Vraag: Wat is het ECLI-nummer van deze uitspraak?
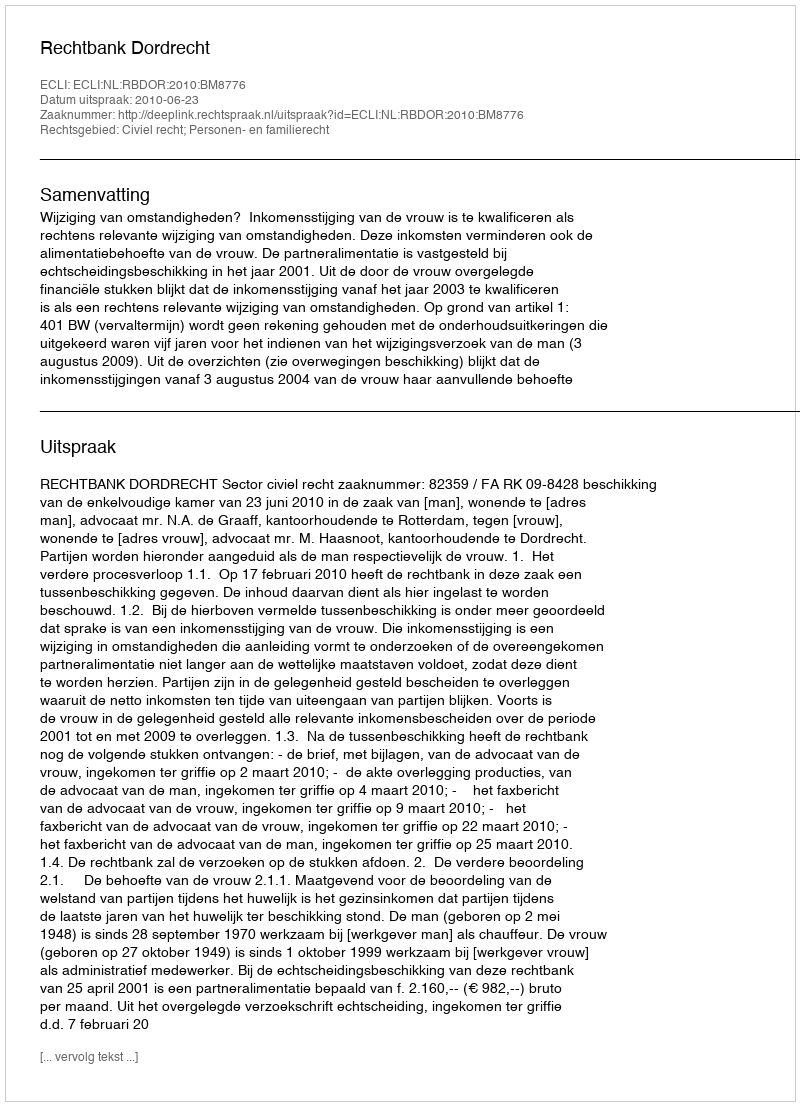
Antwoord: ECLI:NL:RBDOR:2010:BM8776